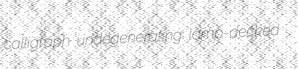
calligraph undegenerating lamp-decked